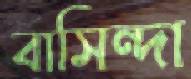
বাসিন্দা